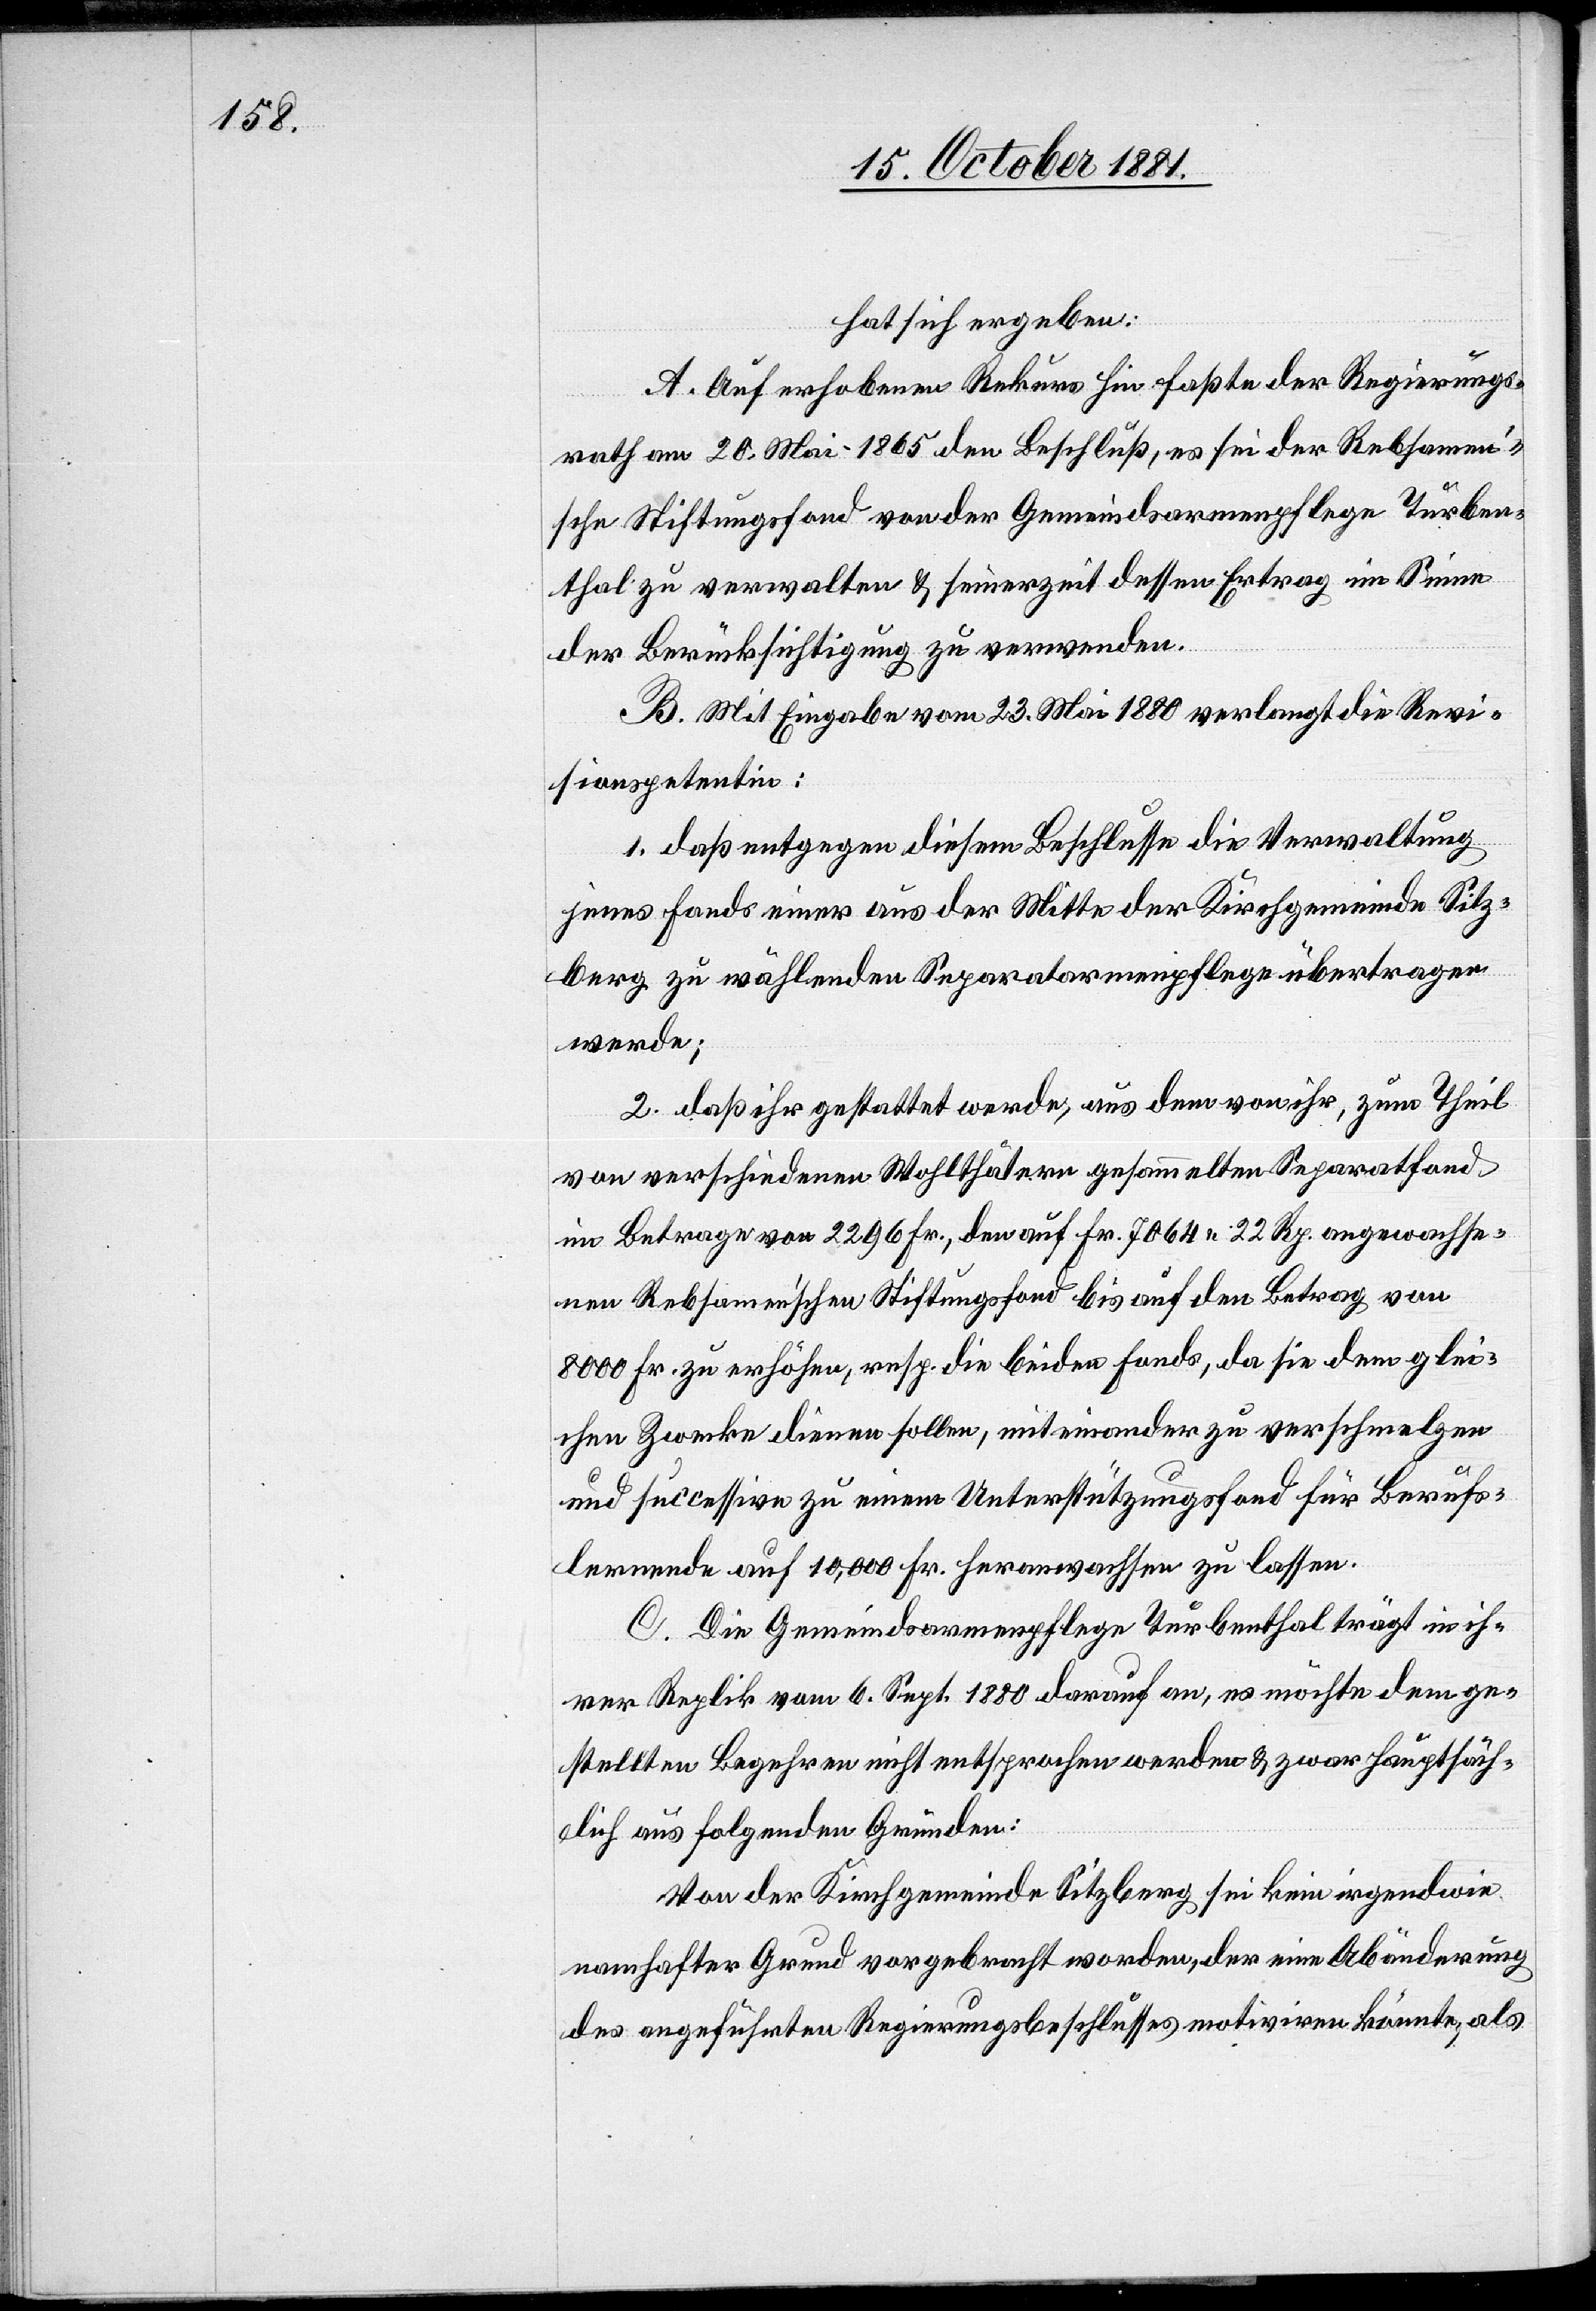
hat sich ergeben:
A. Auf erhobenen Rekurs hin faßte der Regierungs¬
rath am 20. Mai 1865 den Beschluß, es sei der Rebsamen’s¬
che Stiftungsfond von der Gemeindsarmenpflege Turben¬
thal zu verwalten & seinerzeit dessen Ertrag im Sinne
der Berücksichtigung zu verwenden.
B. Mit Eingabe vom 23. Mai 1880 verlangt die Revi¬
sionspetentin:
1. daß entgegen diesem Beschlusse die Verwaltung
jenes Fonds einer aus der Mitte der Kirchgemeinde Sitz¬
berg zu wählenden Separatarmenpflege übertragen
werde;
2. daß ihr gestattet werde, aus dem von ihr, zum Theil
von verschiedenen Wohlthätern gesammelten Separatfond
im Betrage von 2296 Fr., der auf Fr. 7064 22 Rp. angewachse¬
nen Rebsamen’schen Stiftungsfond bis auf den Betrag von
8000 Fr. zu erhöhen, resp. die beiden Fonds, da sie dem glei¬
chen Zwecke dienen sollen, miteinander zu verschmelzen
und successive zu einem Unterstützungsfond für Berufs¬
lernende auf 10 000 Fr. heranwachsen zu lassen.
C. Die Gemeindsarmenpflege Turbenthal trägt in ih¬
rer Replik vom 6. Sept. 1880 darauf an, es möchte dem ge¬
stellten Begehren nicht entsprochen werden & zwar hauptsäch¬
lich aus folgenden Gründen:
Von der Kirchgemeinde Sitzberg sei kein irgendwie
namhafter Grund vorgebracht worden, der eine Abänderung
des angeführten Regierungsbeschlusses motiviren könnte, als